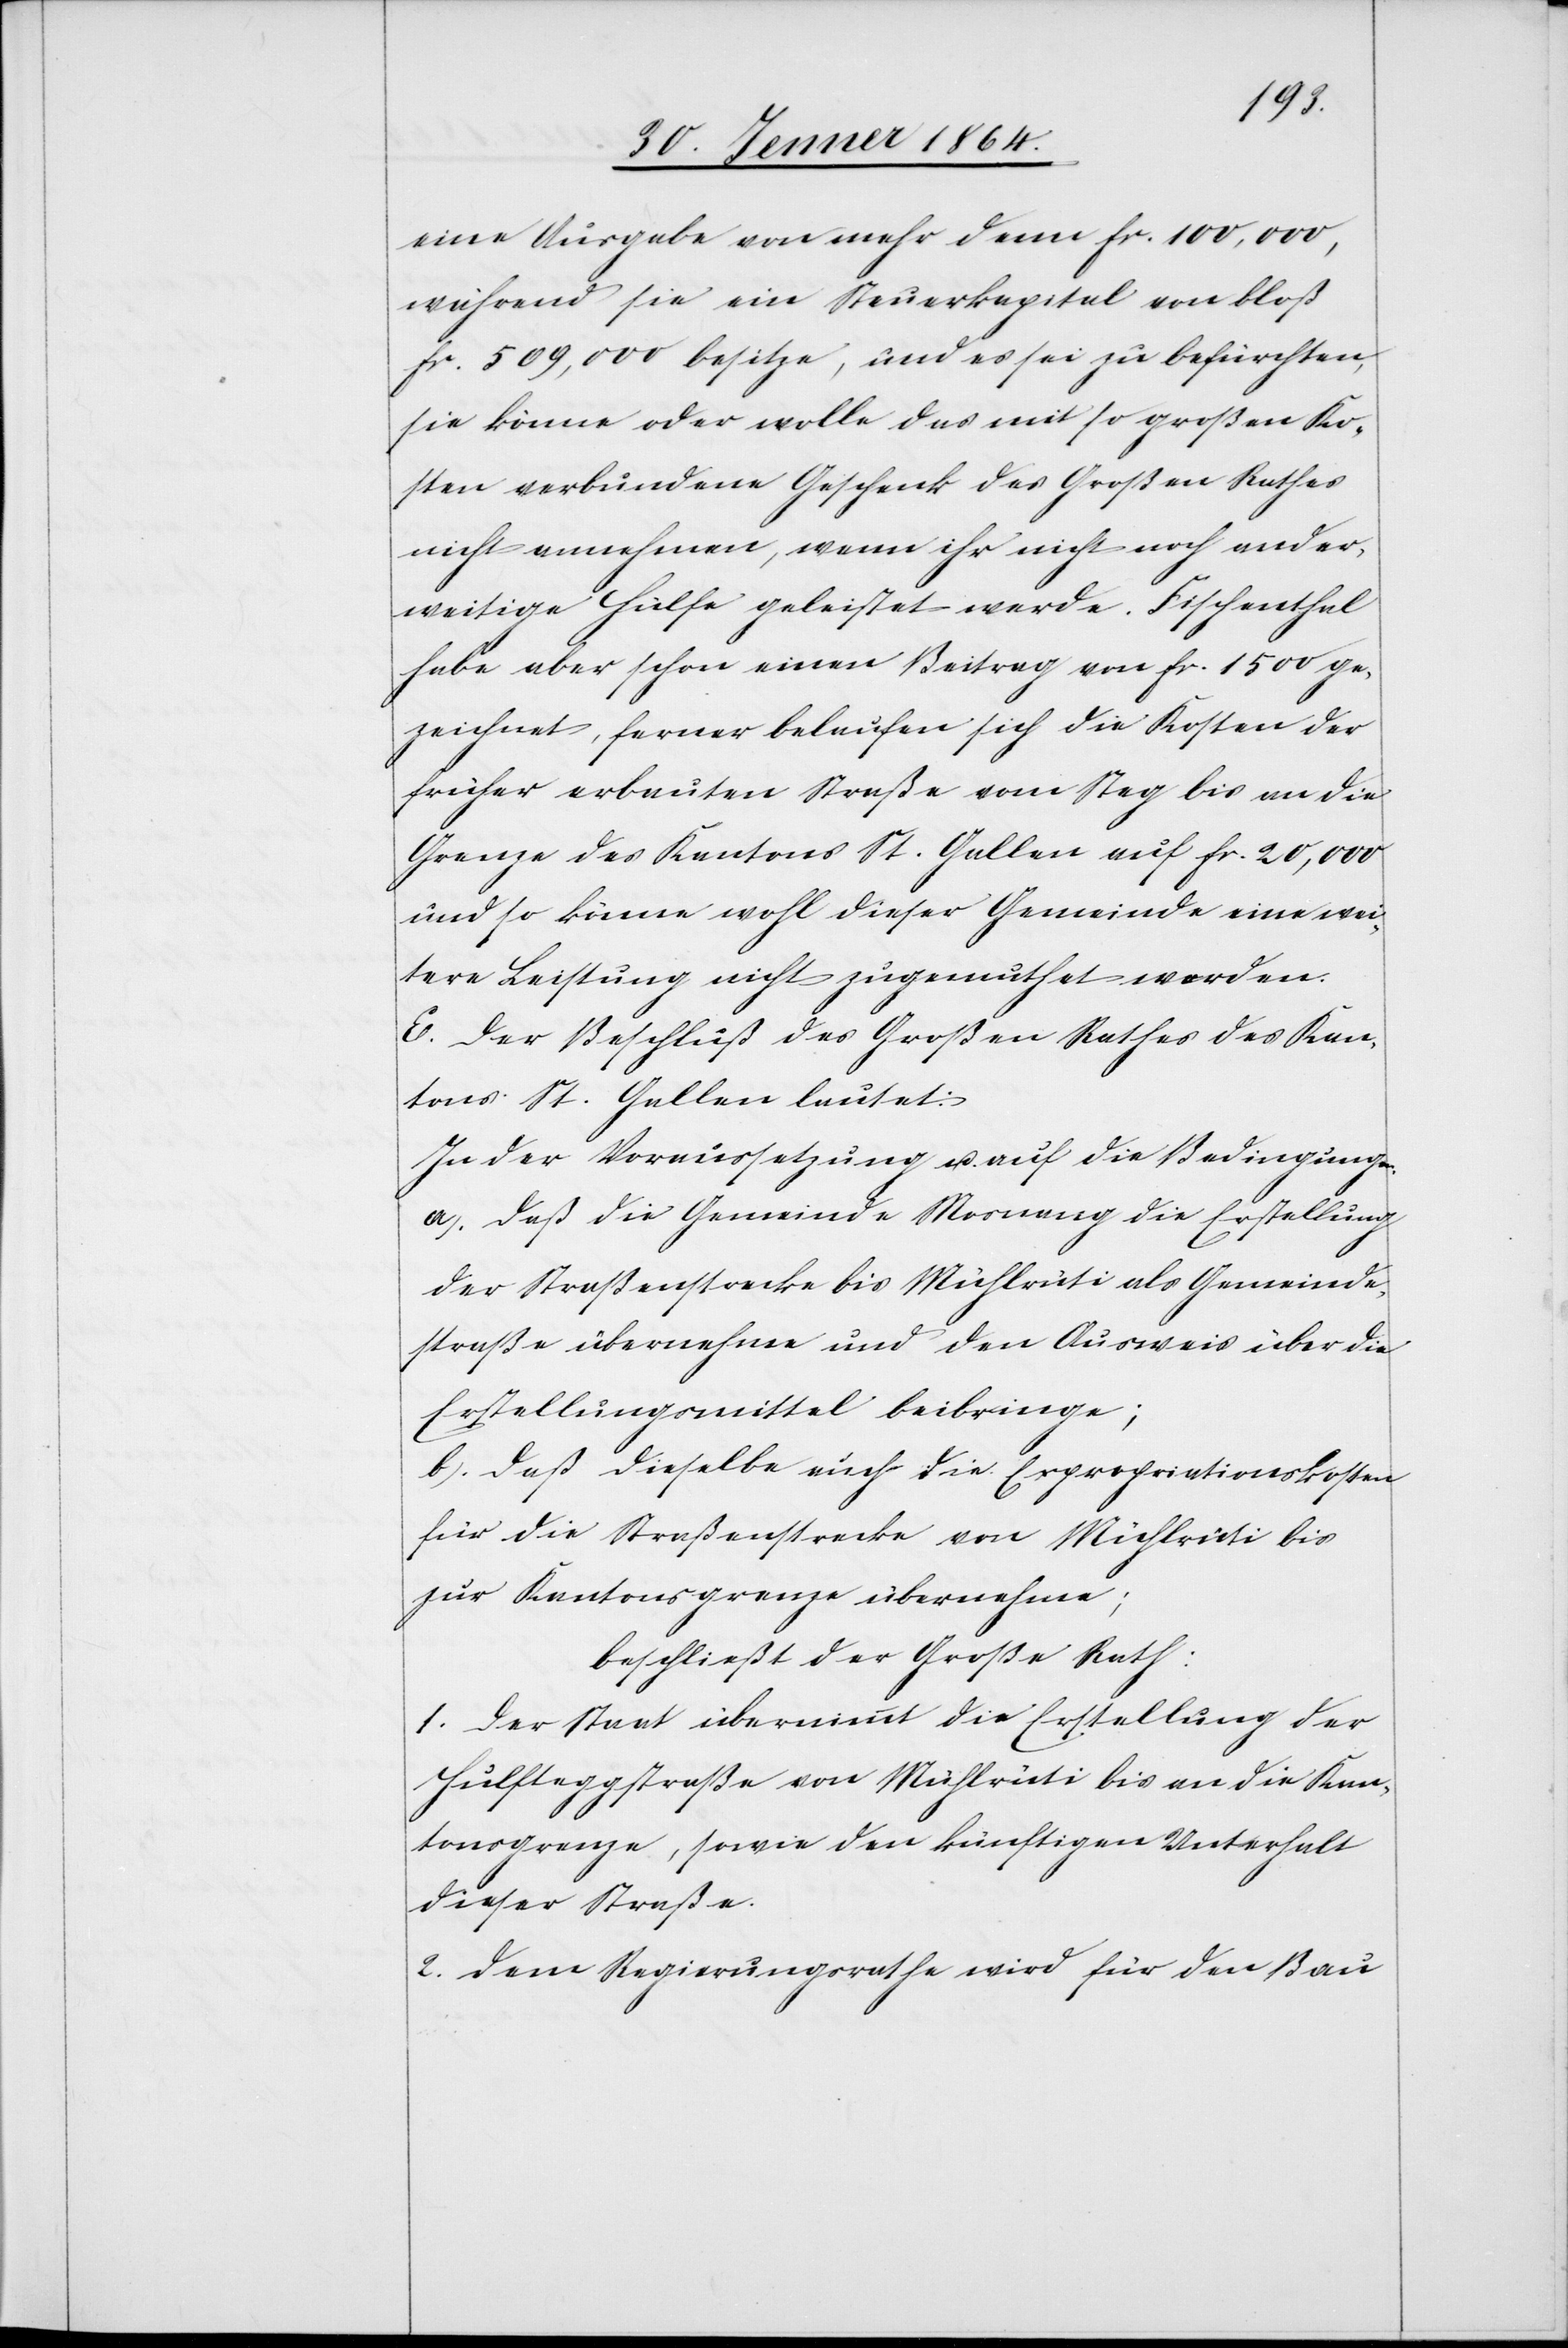
eine Ausgabe von mehr denn fr. 100,000,
während sie ein Steuerkapital von bloß
fr. 509,000 besitze, und es sei zu befürchten,
sie könne oder wolle das mit so großen Ko¬
sten verbundene Geschenk des Großen Rathes
nicht annehmen, wenn ihr nicht noch ander¬
weitige Hülfe geleistet werde. Fischenthal
habe aber schon einen Beitrag von fr. 1500 ge¬
zeichnet, ferner belaufen sich die Kosten der
früher erbauten Straße vom Steg bis an die
Grenze des Kantons St. Gallen auf fr. 20,000
und so könne wohl dieser Gemeinde eine wei¬
tere Leistung nicht zugemuthet werden.
E. Der Beschluß des Großen Rathes des Kan¬
tons St. Gallen lautet:
In der Voraussetzung u. auf die Bedingungen,
a.) Daß die Gemeinde Mosnang die Erstellung
der Straßenstrecke bis Mühlrüti als Gemeinde¬
straße übernehme und den Ausweis über die
Erstellungsmittel beibringe;
b.) daß dieselbe auch die Expropriationskosten
für die Straßenstrecke von Mühlrüti bis
zur Kantonsgrenze übernehme;
beschließt der Große Rath:
1. Der Staat übernimmt die Erstellung der
Hulfteggstraße von Mühlrüti bis an die Kan¬
tonsgrenze, sowie den künftigen Unterhalt
dieser Straße.
2. Dem Regierungsrathe wird für den Bau